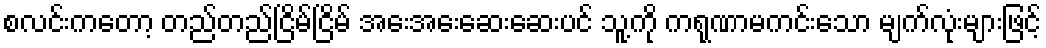
စလင်းကတော့ တည်တည်ငြိမ်ငြိမ် အေးအေးဆေးဆေးပင် သူ့ကို ကရုဏာမကင်းသော မျက်လုံးများဖြင့်